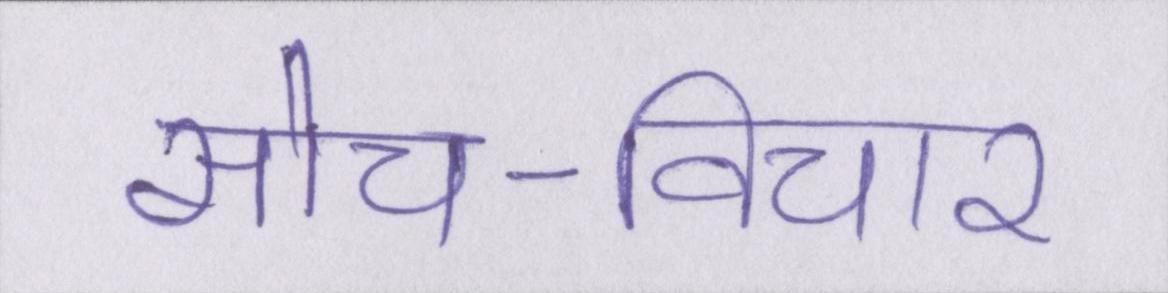
सोच-विचार